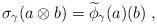
LaTeX: \begin{align*} \sigma_\gamma(a \otimes b) = \widetilde{\phi}_\gamma(a)(b)\; , \end{align*}